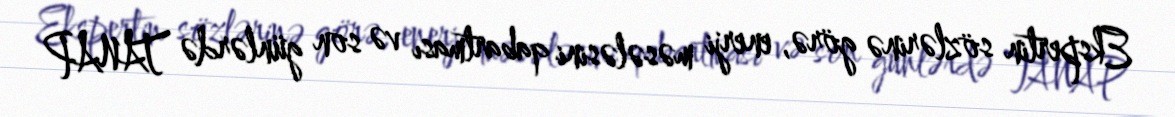
Ekspertin sözlərinə görə, enerji məsələsini qabartması və son günlərdə TANAP